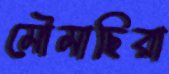
মৌমাছিরা